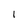
Character: l